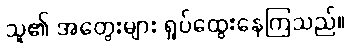
သူ၏ အတွေးများ ရှုပ်ထွေးနေကြသည်။